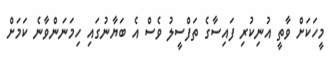
މީހަކަށް ވާތީ އުނިކުރި ފައިސާގެ ތަފްސީލު ވެސް އެ ބަޔާނުގައި ހިމަނަންވާނެ ކަމަށް